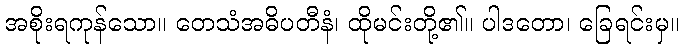
အစိုးရကုန်သော။ တေသံအဓိပတီနံ၊ ထိုမင်းတို့၏။ ပါဒတော၊ ခြေရင်းမှ။